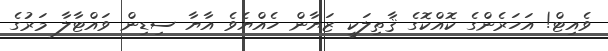
ވެއިޓް! އަހަރެންގެ ކޮއްކޮގެ ޤާތިލަކީ ޒަޔާން ހެއްޔެވެ އާޔާ ސިޑިން ވައްޓާލާ މަރުގެ